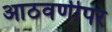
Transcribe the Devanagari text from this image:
आठवणीपर